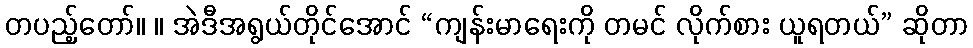
တပည့်တော်။ ။ အဲဒီအရွယ်တိုင်အောင် “ကျန်းမာရေးကို တမင် လိုက်စား ယူရတယ်” ဆိုတာ